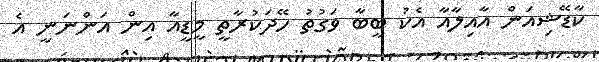
ކާޑޭޝިއަން އާއިލާއާ އެކު ބީބާ ވަގުތު ހޭދަކުރާތީ މީޑީއާ އިން އަންނަނީ އެ